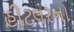
હીટલરના